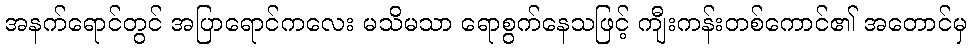
အနက်ရောင်တွင် အပြာရောင်ကလေး မသိမသာ ရောစွက်နေသဖြင့် ကျီးကန်းတစ်ကောင်၏ အတောင်မှ